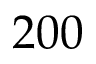
2 0 0